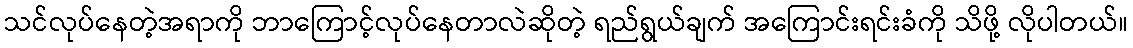
သင်လုပ်နေတဲ့အရာကို ဘာကြောင့်လုပ်နေတာလဲဆိုတဲ့ ရည်ရွယ်ချက် အကြောင်းရင်းခံကို သိဖို့ လိုပါတယ်။